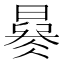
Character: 𣊜